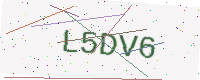
Text: L5DV6